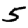
Digit: 5